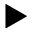
\blacktriangleright